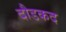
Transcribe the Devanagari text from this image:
दौडकद